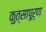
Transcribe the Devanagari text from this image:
कुत्सापूर्ण